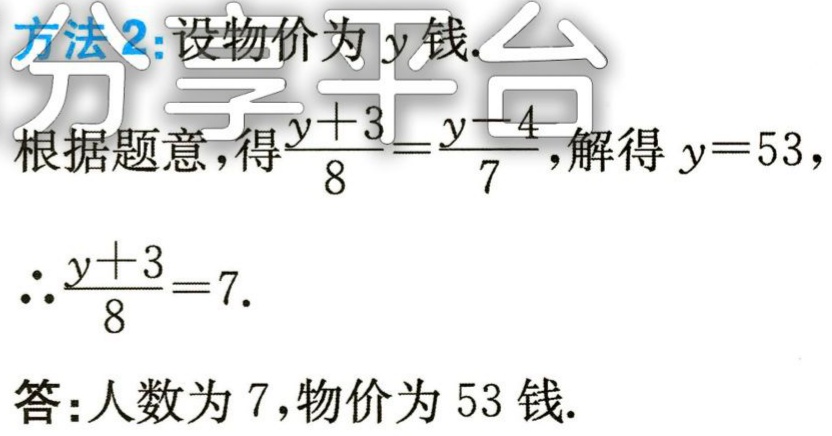
方法2:设物价为\(y\)钱.

根据题意，得\(\frac{y + 3}{8}=\frac{y - 4}{7}\)，解得\(y = 53\)，

\(\therefore\frac{y + 3}{8}=7\).

答：人数为\(7\)，物价为\(53\)钱.